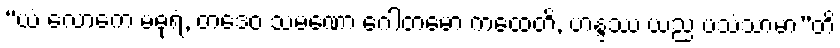
“ယံ လောကေ မဓုရံ, တဒေဝ သမဏော ဂေါတမော ကထေတိ, ဟန္ဒဿ ယညံ ပသံသာမာ”တိ